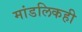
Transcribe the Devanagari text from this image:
मांडलिकही